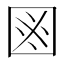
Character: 𱕻